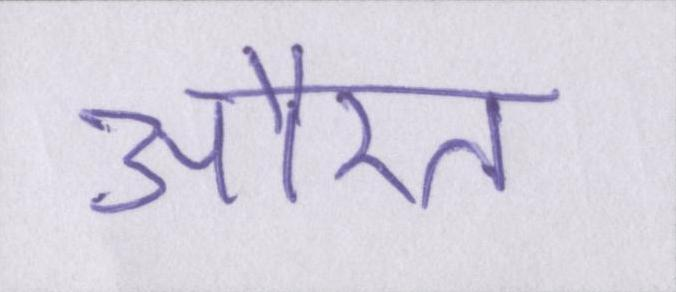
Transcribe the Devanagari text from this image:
औरत